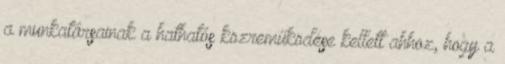
a munkatársainak a hathatós közreműködése kellett ahhoz, hogy a